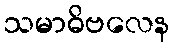
သမာဓိဗလေန